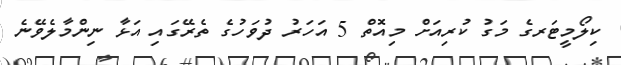
ކިލޯމީޓަރގެ މަގު ކުރިއަށް މިއޮތް 5 އަހަރު ދުވަހުގެ ތެރޭގައި އަޅާ ނިންމާލެވޭނެ